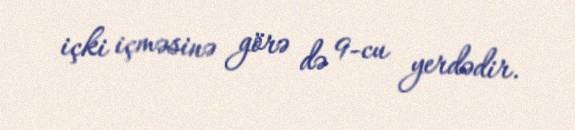
içki içməsinə görə də 9-cu yerdədir.